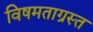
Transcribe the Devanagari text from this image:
विषमताग्रस्त